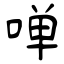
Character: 啴